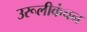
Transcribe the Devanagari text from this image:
उरूलीकंचन